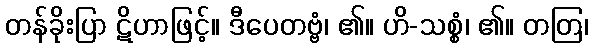
တန်ခိုးပြာ ဋိဟာဖြင့်။ ဒီပေတဗ္ဗံ၊ ၏။ ဟိ-သစ္စံ၊ ၏။ တတြ၊